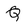
Character: Q